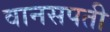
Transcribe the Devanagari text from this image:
वानसपती